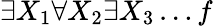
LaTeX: \exists X_{1}\forall X_{2}\exists X_{3}\ldots f